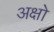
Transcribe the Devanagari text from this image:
अक्षो